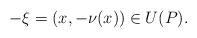
LaTeX: \begin{align*}-\xi=(x,-\nu(x))\in U(P).\end{align*}